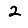
Digit: 2